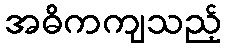
အဓိကကျသည့်